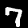
Digit: 7